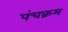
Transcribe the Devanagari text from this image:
पंचक्रम